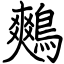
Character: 鷞